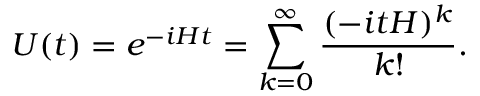
U ( t ) = e ^ { - i H t } = \sum _ { k = 0 } ^ { \infty } \frac { ( - i t H ) ^ { k } } { k ! } .